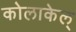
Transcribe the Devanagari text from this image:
कोलाकेल्